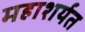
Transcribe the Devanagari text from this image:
महाशर्यत